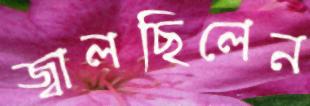
জ্বালছিলেন